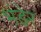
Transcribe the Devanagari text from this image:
भंडेर